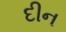
દીન